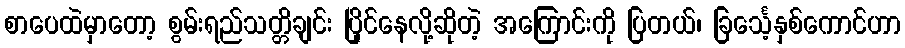
စာပေထဲမှာတော့ စွမ်းရည်သတ္တိချင်း ပြိုင်နေလို့ဆိုတဲ့ အကြောင်းကို ပြတယ်၊ ခြင်္သေ့နှစ်ကောင်ဟာ